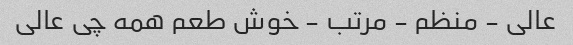
عالی - منظم - مرتب - خوش طعم همه چی عالی